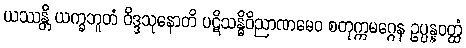
ယဿန္တိ ယက္ခဘူတံ ဝိဒ္ဒသုနောတိ ပဋိသန္ဓိဝိညာဏမေဝ စတုက္ကမဂ္ဂေန ဥပ္ပန္နဝတ္ထံ